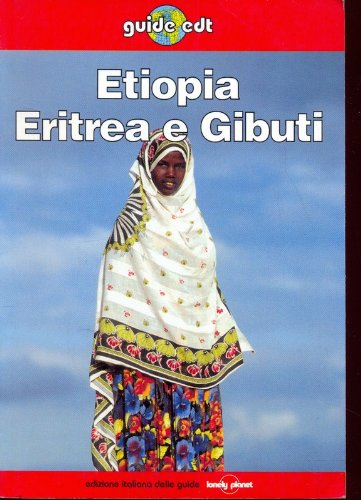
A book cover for Lonely Planet: Etiopia, Eritrea e Gibouti (Italian Edition); F.L. Gordon; Travel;